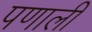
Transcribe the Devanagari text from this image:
पणाली